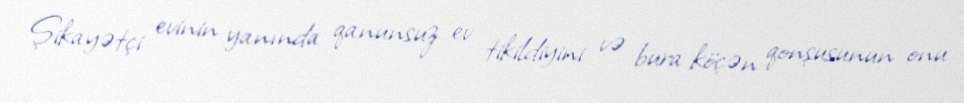
Şikayətçi evinin yanında qanunsuz ev tikildiyini və bura köçən qonşusunun onu